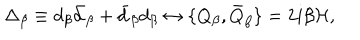
LaTeX: \Delta _ { \beta } \equiv d _ { \beta } \bar { d } _ { \beta } + \bar { d } _ { \beta } d _ { \beta } \leftrightarrow \{ Q _ { \beta } , \bar { Q } _ { \beta } \} = 2 i \beta { \cal H } ,